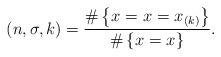
LaTeX: \begin{align*}_{}(n,\sigma,k) =\frac{ \# \left\{ x_{} = x_{} = x_{(k)} \right\} } { \# \left\{ x_{} = x_{} \right\} }.\end{align*}